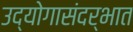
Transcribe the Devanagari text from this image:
उद्योगासंदर्भात